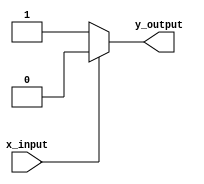
module XBasedCaseStatement (
    input wire x_input,
    output reg y_output
);

always @(*) begin
    case (x_input)
        4'b1xxx: y_output = 1;
        4'b01xx: y_output = 0;
        4'b001x: y_output = 1;
        4'b0001: y_output = 0;
        default: y_output = 1;
    endcase
end

endmodule